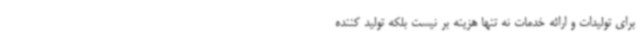
برای تولیدات و ارائه خدمات نه تنها هزینه بر نیست بلکه تولید کننده